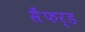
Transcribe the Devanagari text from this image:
सैंफर्ड